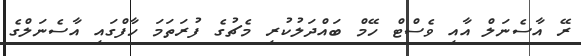
ރޭ އާސެނަލް އާއި ވެސްޓް ހޭމް ބައްދަލުކުރި މެޗުގެ ފުރަތަމަ ހާފްގައި އާސެނަލްގެ